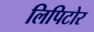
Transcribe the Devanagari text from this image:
लिपिटोर